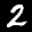
Label: 2